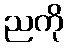
ညကို